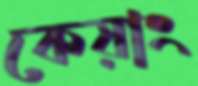
কেয়াং